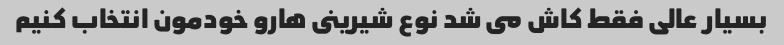
بسیار عالى فقط کاش مى شد نوع شیرینى هارو خودمون انتخاب کنیم